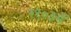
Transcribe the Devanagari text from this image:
१९०३में